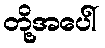
တို့အပေါ်